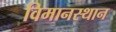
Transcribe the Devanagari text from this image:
विमानस्थान